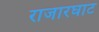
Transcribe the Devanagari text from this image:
राजारघाट